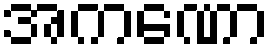
အကဏော